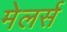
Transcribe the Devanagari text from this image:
मेलर्स